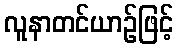
လူနာတင်ယာဉ်ဖြင့်